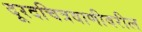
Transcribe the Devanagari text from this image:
दूरदचित्रवाणीवरील